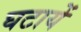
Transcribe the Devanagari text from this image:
घटायें